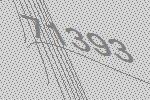
71393